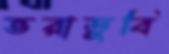
ভরাডুবি